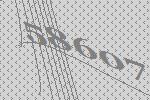
58607